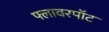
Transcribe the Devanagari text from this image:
फ्लावरपॉट